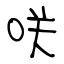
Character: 咲